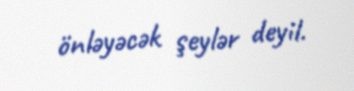
önləyəcək şeylər deyil.